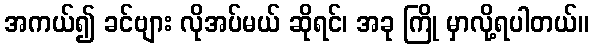
အကယ်၍ ခင်ဗျား လိုအပ်မယ် ဆိုရင်၊ အခု ကြို မှာလို့ရပါတယ်။